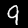
Digit: 9